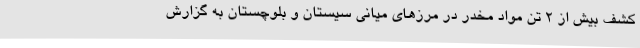
کشف بیش از 2 تن مواد مخدر در مرزهای میانی سیستان و بلوچستان به گزارش